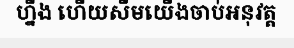
ហ្នឹង ហើយសឹមយើងចាប់អនុវត្ត